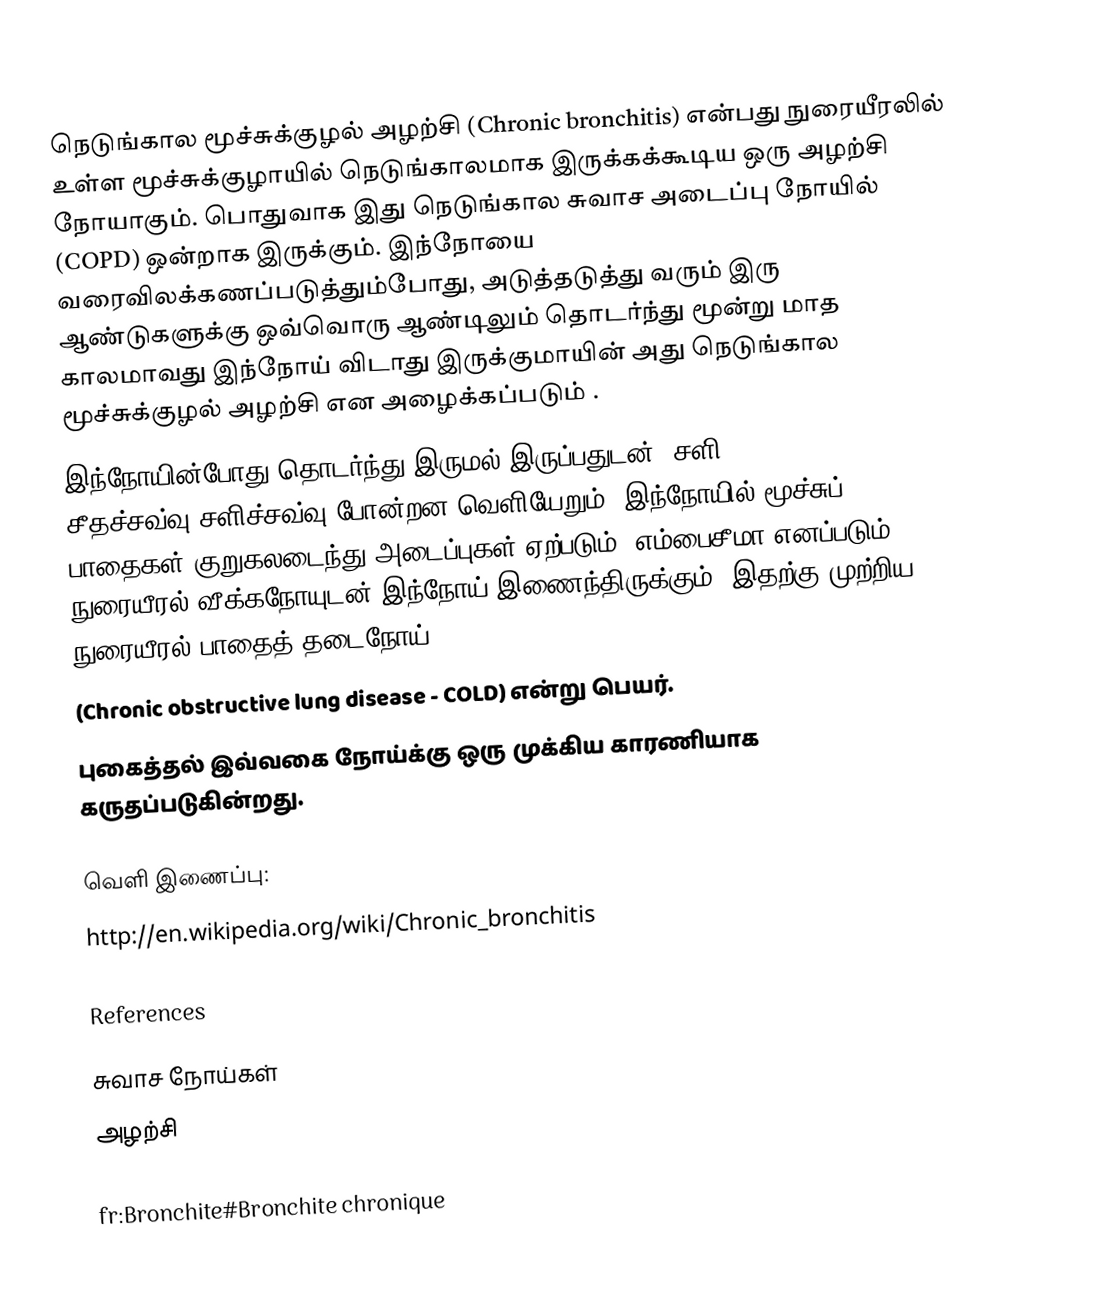
நெடுங்கால மூச்சுக்குழல் அழற்சி (Chronic bronchitis) என்பது நுரையீரலில் உள்ள மூச்சுக்குழாயில் நெடுங்காலமாக இருக்கக்கூடிய ஒரு அழற்சி நோயாகும். பொதுவாக இது நெடுங்கால சுவாச அடைப்பு நோயில் (COPD) ஒன்றாக இருக்கும். இந்நோயை வரைவிலக்கணப்படுத்தும்போது, அடுத்தடுத்து வரும் இரு ஆண்டுகளுக்கு ஒவ்வொரு ஆண்டிலும் தொடர்ந்து மூன்று மாத காலமாவது இந்நோய் விடாது இருக்குமாயின் அது நெடுங்கால மூச்சுக்குழல் அழற்சி என அழைக்கப்படும் .
இந்நோயின்போது தொடர்ந்து இருமல் இருப்பதுடன், சளி, சீதச்சவ்வு/சளிச்சவ்வு போன்றன வெளியேறும். இந்நோயில் மூச்சுப் பாதைகள் குறுகலடைந்து அடைப்புகள் ஏற்படும். எம்பைசீமா எனப்படும் நுரையீரல் வீக்கநோயுடன் இந்நோய் இணைந்திருக்கும். இதற்கு முற்றிய நுரையீரல் பாதைத் தடைநோய்
(Chronic obstructive lung disease - COLD) என்று பெயர்.
புகைத்தல் இவ்வகை நோய்க்கு ஒரு முக்கிய காரணியாக கருதப்படுகின்றது.

வெளி இணைப்பு:
http://en.wikipedia.org/wiki/Chronic_bronchitis

References

சுவாச நோய்கள்
அழற்சி

fr:Bronchite#Bronchite chronique